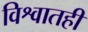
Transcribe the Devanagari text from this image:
विश्वातही